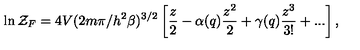
\ln { \cal Z } _ { F } = 4 V ( 2 m \pi / h ^ { 2 } \beta ) ^ { 3 / 2 } \left[ \frac { z } { 2 } - \alpha ( q ) \frac { z ^ { 2 } } { 2 } + \gamma ( q ) \frac { z ^ { 3 } } { 3 ! } + . . . \right] ,